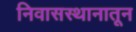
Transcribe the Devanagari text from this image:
निवासस्थानातून